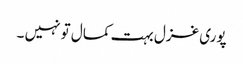
پوری غزل بہت کمال تو نہیں ۔